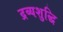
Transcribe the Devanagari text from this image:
द्रव्यशुद्धि